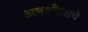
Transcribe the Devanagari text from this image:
अष्ठशीलाचे